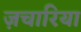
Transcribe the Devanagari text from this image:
ज़चारिया